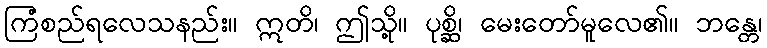
ကြံစည်ရလေသနည်း။ ဣတိ၊ ဤသို့။ ပုစ္ဆိ၊ မေးတော်မူလေ၏။ ဘန္တေ၊